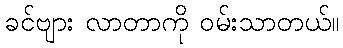
ခင်ဗျား လာတာကို ဝမ်းသာတယ်။